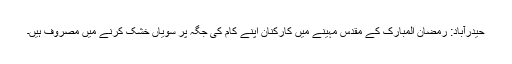
حیدرآباد: رمضان المبارک کے مقدس مہینے میں کارکنان اپنے کام کی جگہ پر سویاں خشک کرنے میں مصروف ہیں۔